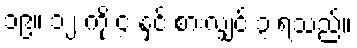
၁၉။ ၁၂ ကို ၄ နှင့် စားလျှင် ၃ ရသည်။